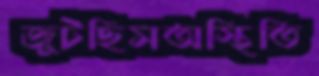
জুটছিসঅস্থিতি